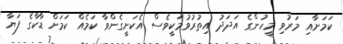
ކަމަށާއި މަރުވި މީހުންގެ އަދަދު އިތުރުވުމަކީވެސް އެކަށީގެންވާ ކަމެއް ކަމަށް ޑާކާގެ ފަޔާ